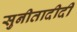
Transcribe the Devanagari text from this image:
सुनीतादीदी